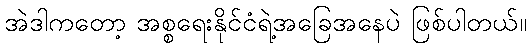
အဲဒါကတော့ အစ္စရေးနိုင်ငံရဲ့အခြေအနေပဲ ဖြစ်ပါတယ်။